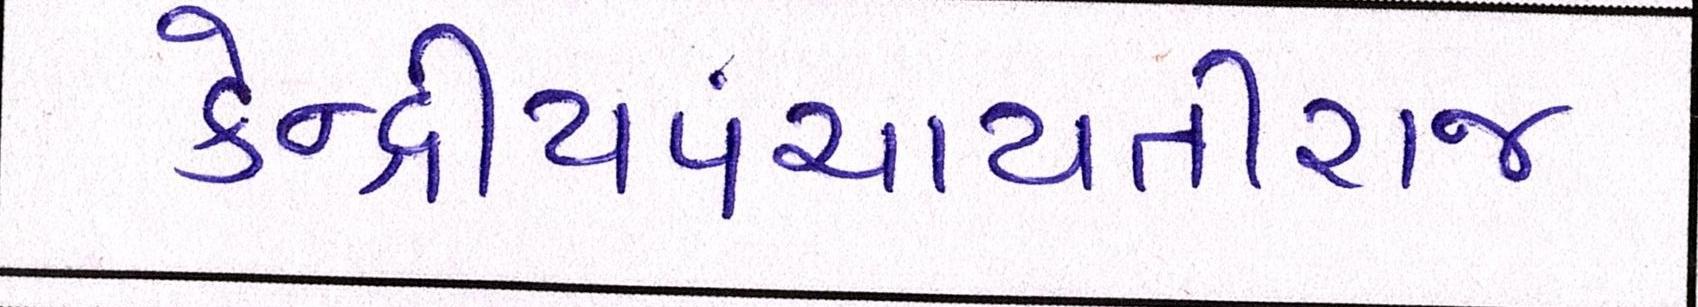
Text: કેન્દ્રીયપંચાયતીરાજ